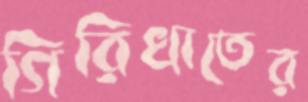
গিরিখাতের